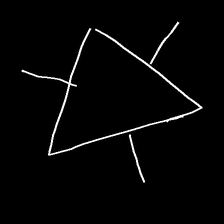
Glyph: fire